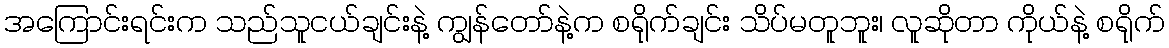
အကြောင်းရင်းက သည်သူငယ်ချင်းနဲ့ ကျွန်တော်နဲ့က စရိုက်ချင်း သိပ်မတူဘူး၊ လူဆိုတာ ကိုယ်နဲ့ စရိုက်